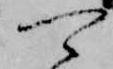
可